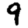
Digit: 9